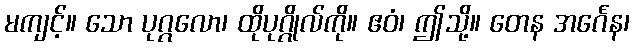
မကျင့်။ သော ပုဂ္ဂလော၊ ထိုပုဂ္ဂိုလ်ကို။ ဧဝံ၊ ဤသို့။ တေန အင်္ဂေန၊